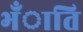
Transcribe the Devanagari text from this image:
भँाति